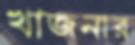
খাজনার